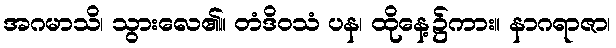
အဂမာသိ၊ သွားလေ၏။ တံဒိဝသံ ပန၊ ထိုနေ့၌ကား။ နာဂရာဇာ၊